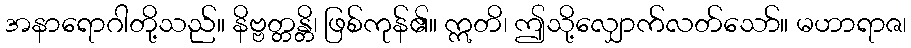
အနာရောဂါတို့သည်။ နိဗ္ဗတ္တန္တိ၊ ဖြစ်ကုန်၏။ ဣတိ၊ ဤသို့လျှောက်လတ်သော်။ မဟာရာဇ၊